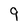
Character: 9